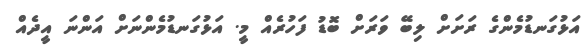
އަޅުގަނޑުމެންގެ ރަށަށް ލިބޭ ވަރަށް ބޮޑު ފަހުރެއް މީ. އަޅުގަނޑުމެންނަށް އަންނަ އީދެއް